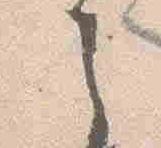
之